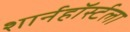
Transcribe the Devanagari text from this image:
शार्नहॉर्स्टला